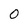
Character: O